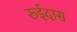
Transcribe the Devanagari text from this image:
रूईदास